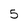
Character: 5